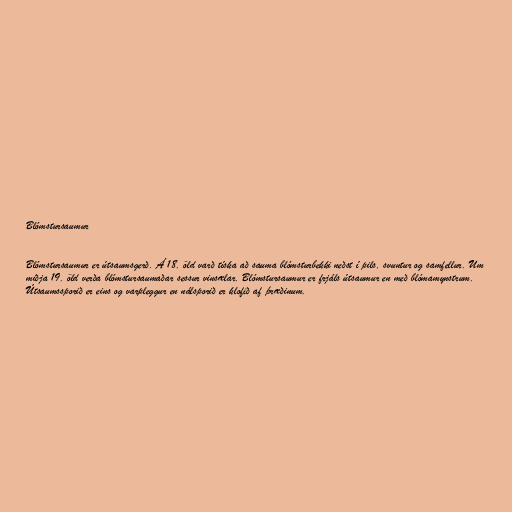
Blómstursaumur

Blómstursaumur er útsaumsgerð. Á 18. öld varð tíska að sauma blómsturbekki neðst í pils, svuntur og samfellur. Um
miðja 19. öld verða blómstursaumaðar sessur vinsælar. Blómstursaumur er frjáls útsaumur en með blómamynstrum.
Útsaumssporið er eins og varpleggur en nálsporið er klofið af þræðinum.